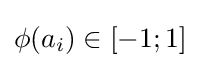
\phi (a_{i})\in [-1;1]